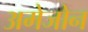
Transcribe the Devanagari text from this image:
अमेजोन